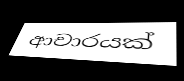
ආචාරයක්